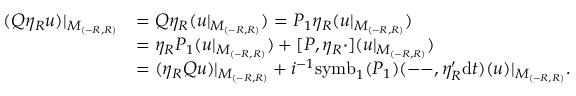
\begin{array} { r l } { ( Q \eta _ { R } u ) | _ { M _ { ( - R , R ) } } } & { = Q \eta _ { R } ( u | _ { M _ { ( - R , R ) } } ) = P _ { 1 } \eta _ { R } ( u | _ { M _ { ( - R , R ) } } ) } \\ & { = \eta _ { R } P _ { 1 } ( u | _ { M _ { ( - R , R ) } } ) + [ P , \eta _ { R } \cdot ] ( u | _ { M _ { ( - R , R ) } } ) } \\ & { = ( \eta _ { R } Q u ) | _ { M _ { ( - R , R ) } } + i ^ { - 1 } \mathrm { s y m b } _ { 1 } ( P _ { 1 } ) ( \mathrm { -- } , \eta _ { R } ^ { \prime } \mathrm { d } t ) ( u ) | _ { M _ { ( - R , R ) } } . } \end{array}